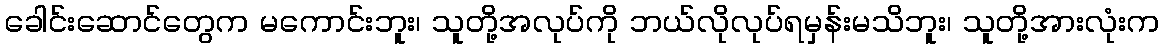
ခေါင်းဆောင်တွေက မကောင်းဘူး၊ သူတို့အလုပ်ကို ဘယ်လိုလုပ်ရမှန်းမသိဘူး၊ သူတို့အားလုံးက